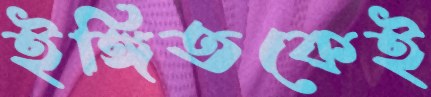
ইঙ্গিতকেই